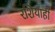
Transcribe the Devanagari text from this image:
रशियाही